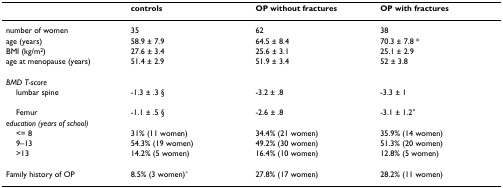
|  | controls | OP without fractures | OP with fractures |
 | --- | --- | --- | --- |
 | number of women | 35 | 62 | 38 |
 | age (years) | 58.9 ± 7.9 | 64.5 ± 8.4 | 70.3 ± 7.8 * |
 | BMI (kg/m2) | 27.6 ± 3.4 | 25.6 ± 3.1 | 25.1 ± 2.9 |
 | age at menopause (years) | 51.4 ± 2.9 | 51.9 ± 3.4 | 52 ± 3.8 |
 | BMD T-score |  |  |  |
 | lumbar spine | -1.3 ± .3 § | -3.2 ± .8 | -3.3 ± 1 |
 | Femur | -1.1 ± .5 § | -2.6 ± .8 | -3.1 ± 1.2° |
 | education (years of school) |  |  |  |
 | <= 8 | 31% (11 women) | 34.4% (21 women) | 35.9% (14 women) |
 | 9–13 | 54.3% (19 women) | 49.2% (30 women) | 51.3% (20 women) |
 | >13 | 14.2% (5 women) | 16.4% (10 women) | 12.8% (5 women) |
 | Family history of OP | 8.5% (3 women)ˆ | 27.8% (17 women) | 28.2% (11 women) |